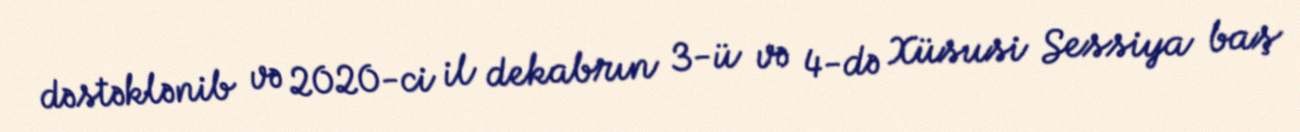
dəstəklənib və 2020-ci il dekabrın 3-ü və 4-də Xüsusi Sessiya baş